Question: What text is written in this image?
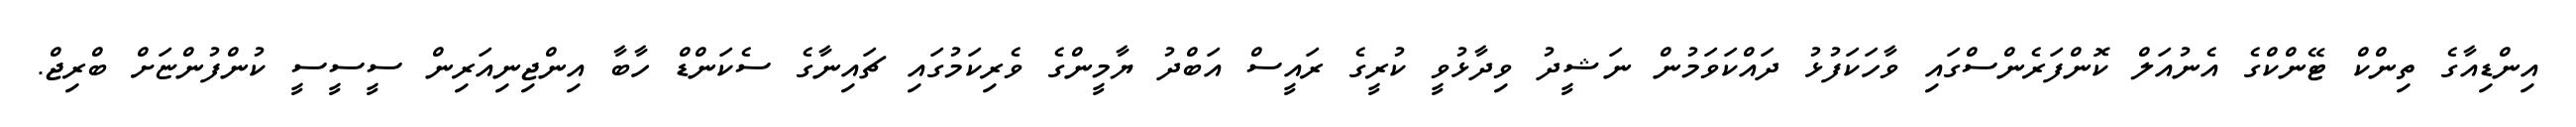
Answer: އިންޑިއާގެ ތިންކް ޓޭންކްގެ އެނުއަލް ކޮންފަރެންސްގައި ވާހަކަފުޅު ދައްކަވަމުން ނަޝީދު ވިދާޅުވީ ކުރީގެ ރައީސް އަބްދު ޔާމީންގެ ވެރިކަމުގައި ޗައިނާގެ ސެކަންޑް ހާބާ އިންޖިނިއަރިން ސީސީސީ ކުންފުންޏަށް ބްރިޖް.